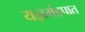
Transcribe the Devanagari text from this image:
यज्ञमंडपात